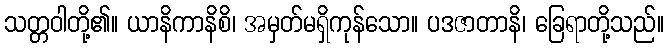
သတ္တဝါတို့၏။ ယာနိကာနိစိ၊ အမှတ်မရှိကုန်သော။ ပဒဇာတာနိ၊ ခြေရာတို့သည်။